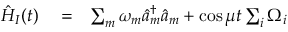
\begin{array} { r l r } { \hat { H } _ { I } ( t ) } & { { } = } & { \sum _ { m } \omega _ { m } \hat { a } _ { m } ^ { \dag } \hat { a } _ { m } + \cos \mu t \sum _ { i } \Omega _ { i } } \end{array}